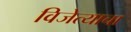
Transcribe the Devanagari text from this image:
विजेत्याचा